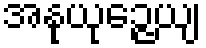
အနုယုဉ္ဇေယျ